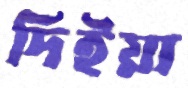
দিইয়া